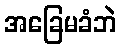
အခြေမခံဘဲ